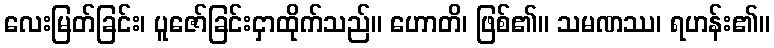
လေးမြတ်ခြင်း၊ ပူဇော်ခြင်းငှာထိုက်သည်။ ဟောတိ၊ ဖြစ်၏။ သမဏဿ၊ ရဟန်း၏။